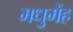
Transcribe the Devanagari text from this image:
मधुमेंह